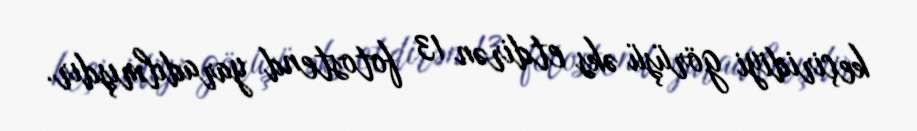
keçiridiyi görüşü əks etdirən 13 fotostend yaradılmışdır.